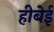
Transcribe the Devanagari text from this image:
हीबेई